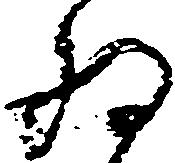
為